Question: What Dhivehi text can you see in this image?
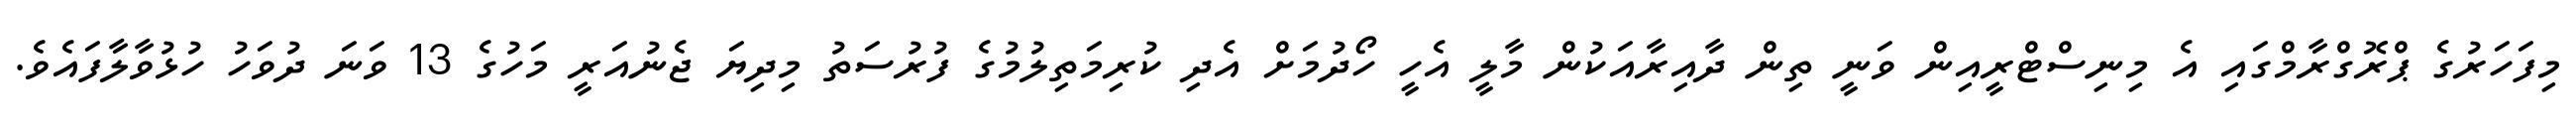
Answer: މިފަހަރުގެ ޕްރޮގްރާމްގައި އެ މިނިސްޓްރީއިން ވަނީ ތިން ދާއިރާއަކުން މާލީ އެހީ ހޯދުމަށް އެދި ކުރިމަތިލުމުގެ ފުރުސަތު މިދިޔަ ޖެނުއަރީ މަހުގެ 13 ވަނަ ދުވަހު ހުޅުވާލާފައެވެ.